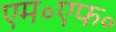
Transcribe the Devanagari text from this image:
एम॰एफ॰